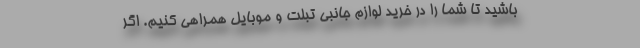
باشید تا شما را در خرید لوازم جانبی تبلت و موبایل همراهی کنیم. اگر